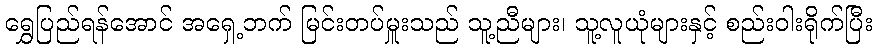
ရွှေပြည်ရန်အောင် အရှေ့ဘက် မြင်းတပ်မှူးသည် သူ့ညီများ၊ သူ့လူယုံများနှင့် စည်းဝါးရိုက်ပြီး